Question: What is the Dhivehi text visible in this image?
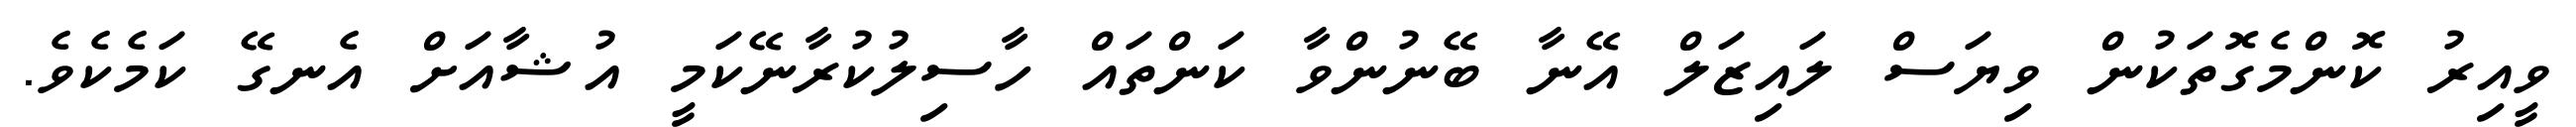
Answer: ވީއިރު ކޮންމެގޮތަކުން ވިޔަސް ލައިޒަލް އޭނާ ބޭނުންވާ ކަންތައް ހާސިލުކުރާނޭކަމީ އުޝާއަށް އެނގޭ ކަމެކެވެ.